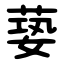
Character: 蒆